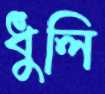
ধুলি